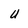
Character: U